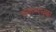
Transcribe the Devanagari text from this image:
प्रवाससुद्धा